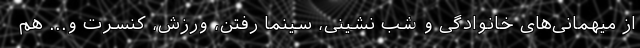
از میهمانی‌های خانوادگی و شب نشینی، سینما رفتن، ورزش، کنسرت و... هم